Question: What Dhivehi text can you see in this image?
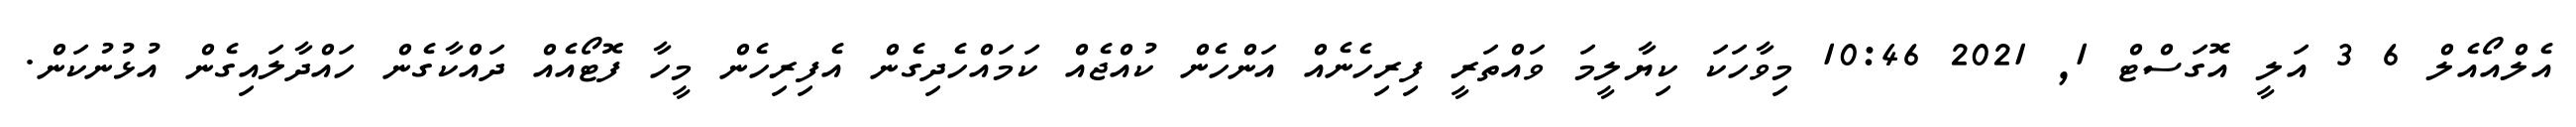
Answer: އެލްއޯއެލް 6 3 އަލީ އޮގަސްޓް 1, 2021 10:46 މިވާހަކަ ކިޔާލީމަ ވައްތަރީ ފިރިހެނެއް އަންހެން ކުއްޖެއް ކަމައްހެދިގެން އެފިރިހެން މީހާ ފޮޓޯއެއް ދައްކާގެން ހައްދާލައިގެން އުޅުނުކަން.